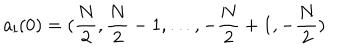
a _ { l } ( 0 ) = ( { \frac { N } { 2 } } , { \frac { N } { 2 } } - 1 , \dots , - { \frac { N } { 2 } } + 1 , - { \frac { N } { 2 } } )